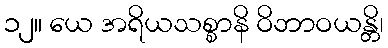
၁၂။ ယေ အရိယသစ္စာနိ ဝိဘာဝယန္တိ၊